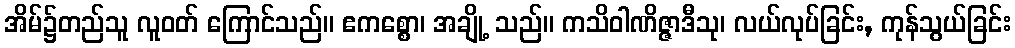
အိမ်၌တည်သူ လူဝတ် ကြောင်သည်။ ဧကစ္စော၊ အချို့ သည်။ ကသိဝါဏိဇ္ဇာဒီသု၊ လယ်လုပ်ခြင်း, ကုန်သွယ်ခြင်း